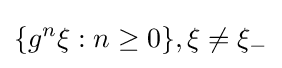
\{g^{n}\xi :n\geq 0\},\xi \not =\xi _{-}